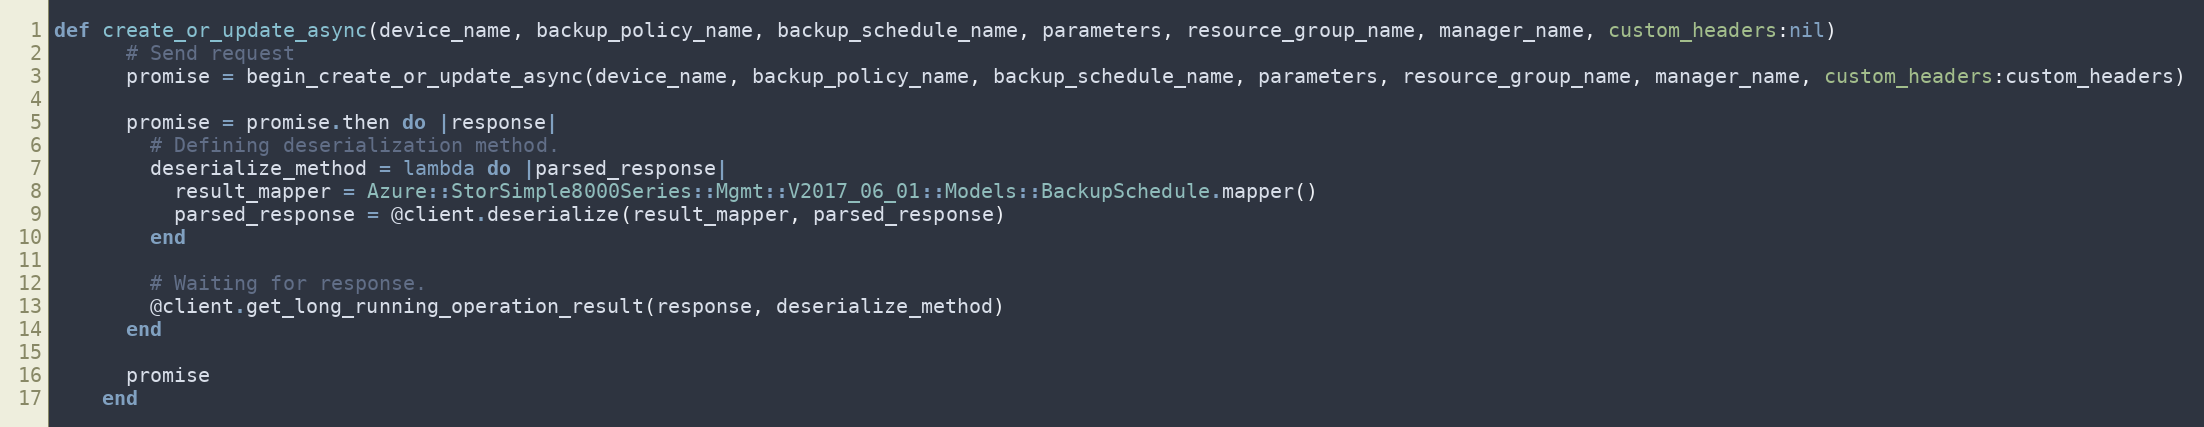
Language: Ruby
def create_or_update_async(device_name, backup_policy_name, backup_schedule_name, parameters, resource_group_name, manager_name, custom_headers:nil)
      # Send request
      promise = begin_create_or_update_async(device_name, backup_policy_name, backup_schedule_name, parameters, resource_group_name, manager_name, custom_headers:custom_headers)

      promise = promise.then do |response|
        # Defining deserialization method.
        deserialize_method = lambda do |parsed_response|
          result_mapper = Azure::StorSimple8000Series::Mgmt::V2017_06_01::Models::BackupSchedule.mapper()
          parsed_response = @client.deserialize(result_mapper, parsed_response)
        end

        # Waiting for response.
        @client.get_long_running_operation_result(response, deserialize_method)
      end

      promise
    end